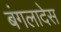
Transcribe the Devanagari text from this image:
बंगलादेस